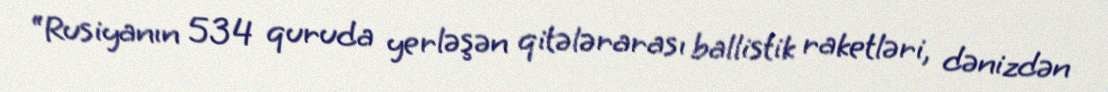
“Rusiyanın 534 quruda yerləşən qitələrarası ballistik raketləri, dənizdən